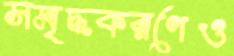
সমৃদ্ধকরণেও